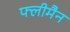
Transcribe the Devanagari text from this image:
फ्लीमैन